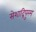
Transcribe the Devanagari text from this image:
सेशाद्रिपुरम